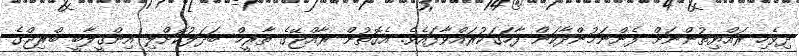
ދިވެހި ރައްޔިތުންނަށް ފެންނަމުންދާކަން ފާހަގަކުރައްވާފައެވެ. އެގޮތުން ރާއްޖޭގެ ތާރީޚް ބަދަލުކޮށްލި އިންޤީލާބީ ބްރިޖްގެ